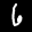
Label: 6